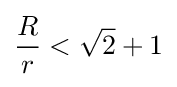
{\frac {R}{r}}<{\sqrt {2}}+1